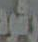
رشود